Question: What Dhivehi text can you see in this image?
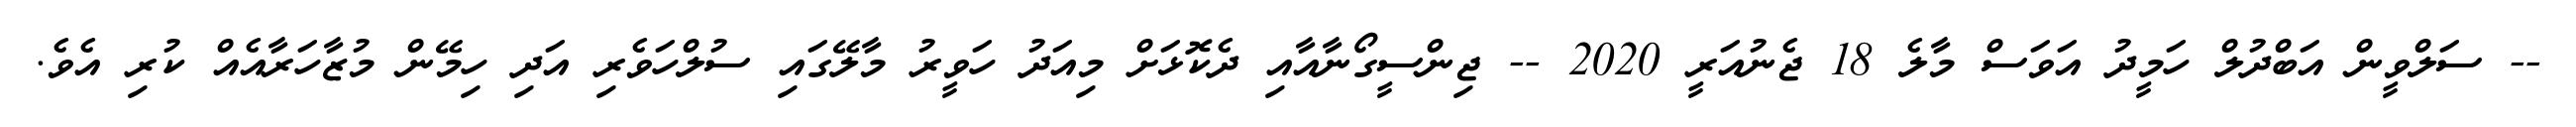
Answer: -- ސަލްވީން އަބްދުލް ހަމީދު އަވަސް މާލެ 18 ޖެނުއަރީ 2020 -- ޖިންސީގޯނާއާއި ދެކޮޅަށް މިއަދު ހަވީރު މާލޭގައި ސުލްހަވެރި އަދި ހިމޭން މުޒާހަރާއެއް ކުރި އެވެ.